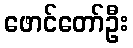
ဖောင်တော်ဦး